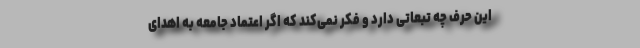
این حرف چه تبعاتی دارد و فکر نمی‌کند که اگر اعتماد جامعه به اهدای